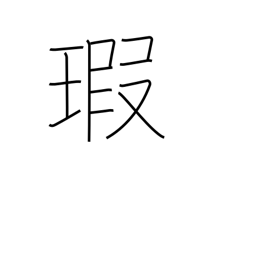
Meaning: flaw